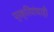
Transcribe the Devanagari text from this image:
प्रक्रियांचाही